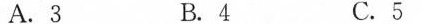
A.3 B.4 C.5